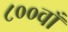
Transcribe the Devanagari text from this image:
८००वाँ